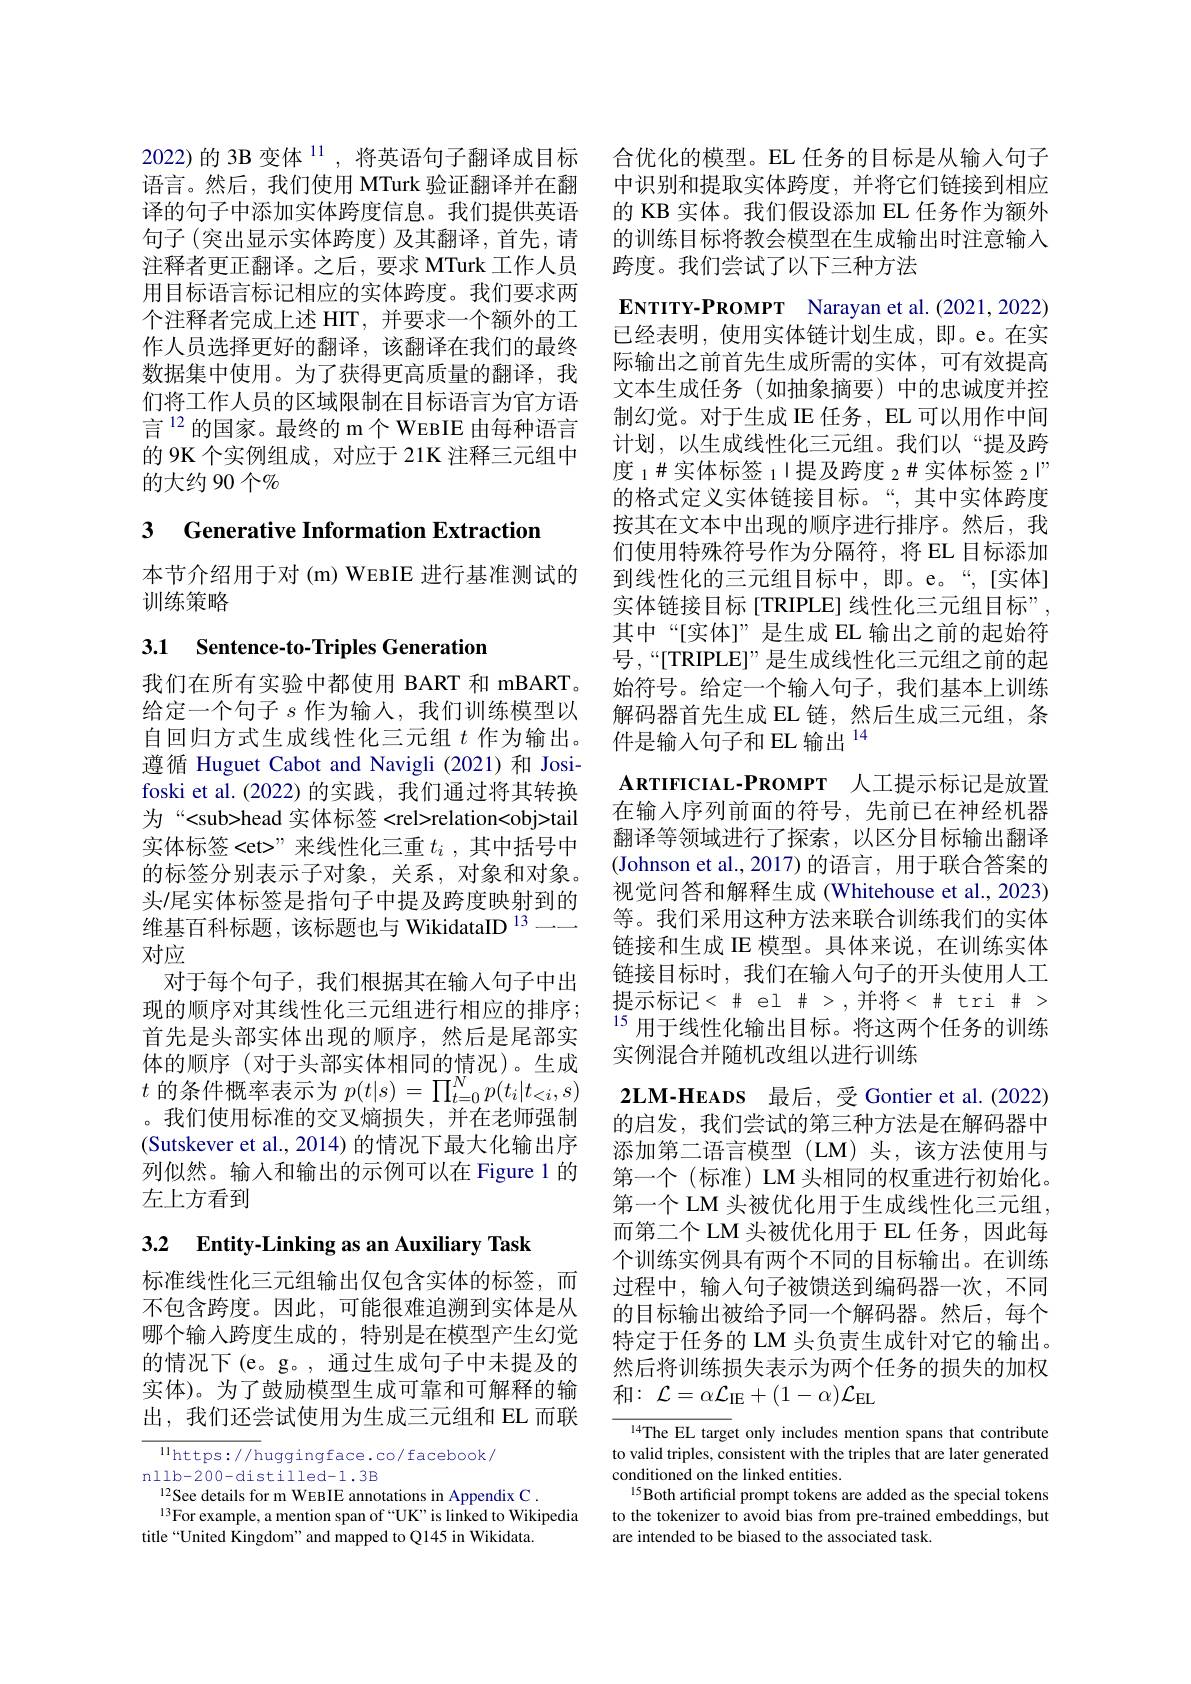
2022)的 3B 变体$^{11}$, 将英语句子翻译成目标 合优化的模型。EL 任务的目标是从输人句子语言。然后，我们使用 MTurk 验证翻译并在翻 中识别和提取实体跨度，并将它们链接到相应译的句子中添加实体跨度信息。我们提供英语 的 KB 实体。我们假设添加 EL 任务作为额外句子(突出显示实体跨度)及其翻译，首先，请注释者更正翻译。之后，要求 MTurk 工作人员用目标语言标记相应的实体跨度。我们要求两个注释者完成上述 HIT, 并要求一个额外的工作人员选择更好的翻译，该翻译在我们的最终数据集中使用。为了获得更高质量的翻译，我们将工作人员的区域限制在目标语言为官方语言$^{12}$的国家。最终的 m个 WEBIE 由每种语言的 9K 个实例组成，对应于 21K 注释三元组中的大约90个$\%$

# 3 Generative Information Extraction

本节介绍用于对 (m) WEBIE 进行基准测试的
训练策略

# 3.1 Sentence-to-Triples Generation

我们在所有实验中都使用 BART 和 mBART。给定一个句子$s$作为输人，我们训练模型以自回归方式生成线性化三元组$t$作为输出。遵循 Huguet Cabot and Navigli (2021)和 Josifoski et al. (2022) 的实践，我们通过将其转换为“<sub>head 实体标签<rel>relation<obj>tail 实体标签<et>"来线性化三重$t_i$ ,其中括号中的标签分别表示子对象，关系，对象和对象。头/尾实体标签是指句子中提及跨度映射到的维基百科标题，该标题也与 WikidataID $^{13}--$ 对应
对于每个句子，我们根据其在输入句子中出现的顺序对其线性化三元组进行相应的排序； 体的顺序(对于头部实体相同的情况)。生成$t$的条件概率表示为$p(t|s)=\prod_t=0^Np(t_i|t_{<i},s)$ 。我们使用标准的交叉熵损失，并在老师强制(Sutskever et al., 2014) 的情况下最大化输出序列似然。输入和输出的示例可以在 Figure 1 的左上方看到

3.2 Entity-Linking as an Auxiliary Task

标准线性化三元组输出仅包含实体的标签，而不包含跨度。因此，可能很难追溯到实体是从哪个输入跨度生成的，特别是在模型产生幻觉的情况下(e。g。,通过生成句子中未提及的实体)。为了鼓励模型生成可靠和可解释的输出，我们还尝试使用为生成三元组和 EL 而联

llhttps: / / huggingface. co/ facebook/
nllb-200-distilled-1.3B
$^{12}$See details for m WEBIE annotations in Appendix C .
$^{13}$For example, a mention span of “UK” is linked to Wikipedia
title“United Kingdom”and mapped to Q145 in Wikidata.

的训练目标将教会模型在生成输出时注意输入
跨度。我们尝试了以下三种方法
ENTITY-PROMPT Narayan et al.(2021,2022) 已经表明，使用实体链计划生成，即。e。在实际输出之前首先生成所需的实体，可有效提高文本生成任务(如抽象摘要)中的忠诚度并控制幻觉。对于生成 IE 任务，EL 可以用作中间计划，以生成线性化三元组。我们以“提及跨度 $_1\#\text{实体标签 }_1|$提及跨度 $_2\#$实体标签 $_2|”$ 的格式定义实体链接目标。“,其中实体跨度按其在文本中出现的顺序进行排序。然后，我们使用特殊符号作为分隔符，将 EL 目标添加到线性化的三元组目标中，即。e。“,[实体] 实体链接目标[TRIPLE] 线性化三元组目标”, 其中“[实体]”是生成 EL 输出之前的起始符号，“[TRIPLE]”是生成线性化三元组之前的起始符号。给定一个输入句子，我们基本上训练解码器首先生成 EL 链，然后生成三元组，条件是输入句子和 EL 输出$^{14}$
$\textbf{ARTIFICIAL- PROMPT}$ 人工提示标记是放置在输入序列前面的符号，先前已在神经机器翻译等领域进行了探索，以区分目标输出翻译(Johnson et al., 2017)的语言，用于联合答案的视觉问答和解释生成(Whitehouse et al., 2023) 等。我们采用这种方法来联合训练我们的实体链接和生成 IE 模型。具体来说，在训练实体链接目标时，我们在输入句子的开头使用人工提示标记<$\#el >,并将<\#tri >$
现 的 顺 序 对 具 线 性 化 三 元 组 进 行 相 应 的 排 序 ; 15 用 于 线 性 化 输 出 目 标 。将 这 两 个 任 务 的 训 练 首 先 是 头 部 实 体 出 现 的 顺 序 , 然 后 是 尾 部 实 空 例 泪 仓 单 防 却 击 但 以 进 行 测 作
实例混合并随机改组以进行训练
$2\textbf{LM- HEADS 最 后 , 受 Gontier et al. ( 2022) }$ 的启发，我们尝试的第三种方法是在解码器中添加第二语言模型(LM)头，该方法使用与第一个(标准)LM头相同的权重进行初始化。第一个 LM 头被优化用于生成线性化三元组， 而第二个 LM 头被优化用于 EL 任务，因此每个训练实例具有两个不同的目标输出。在训练过程中，输入句子被馈送到编码器一次，不同的目标输出被给予同一个解码器。然后，每个特定于任务的 LM 头负责生成针对它的输出。然后将训练损失表示为两个任务的损失的加权和$: \mathcal{L} = \alpha \mathcal{L} _{\mathrm{IE}}+ ( 1- \alpha ) \mathcal{L} _{\mathrm{EL}}$
14The EL target only includes mention spans that contribute to valid triples, consistent with the triples that are later generated

conditioned on the linked entities.
15Both artificial prompt tokens are added as the special tokens to the tokenizer to avoid bias from pre-trained embeddings, but are intended to be biased to the associated task.